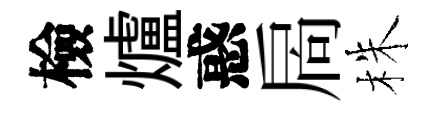
檢爐惑扄株